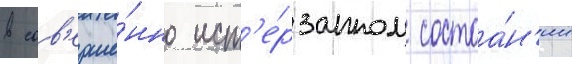
в сов'ерше́нно ист'е́рзанном состоа́н'ии